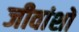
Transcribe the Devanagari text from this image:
जीवांशों